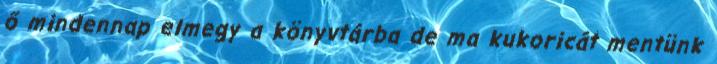
ő mindennap elmegy a könyvtárba de ma kukoricát mentünk